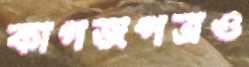
কাগজপত্রও